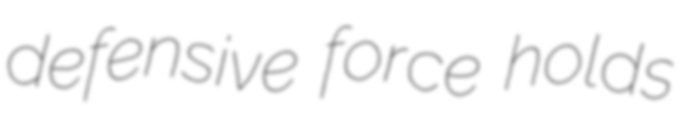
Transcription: defensive force holds